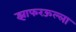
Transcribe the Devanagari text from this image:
झाफरऊल्ला